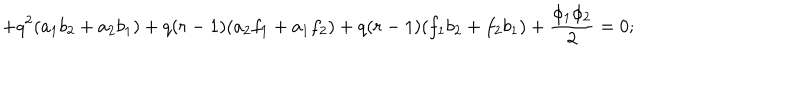
+ q ^ { 2 } ( a _ { 1 } b _ { 2 } + a _ { 2 } b _ { 1 } ) + q ( r - 1 ) ( a _ { 2 } f _ { 1 } + a _ { 1 } f _ { 2 } ) + q ( r - 1 ) ( f _ { 1 } b _ { 2 } + f _ { 2 } b _ { 1 } ) + \frac { \phi _ { 1 } \phi _ { 2 } } { 2 } = 0 ;